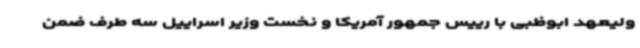
ولیعهد ابوظبی با رییس جمهور آمریکا و نخست وزیر اسراییل سه طرف ضمن